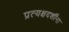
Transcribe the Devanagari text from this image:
प्रत्यक्षदर्शींना